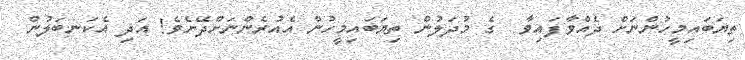
ތިޔަބައިމީހުންނަށް ދެއްވާފައިވާ  ގެ މުދަލުން ތިޔަބައިމީހުން އެއުރެންނަށްދޭށެވެ! އަދި އެކަނބަލުން